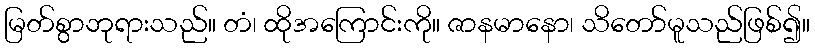
မြတ်စွာဘုရားသည်။ တံ၊ ထိုအကြောင်းကို။ ဇာနမာနော၊ သိတော်မူသည်ဖြစ်၍။